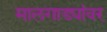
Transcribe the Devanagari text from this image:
मालगाड्यांवर